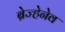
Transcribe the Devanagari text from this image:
ब्रेज्हेनेव